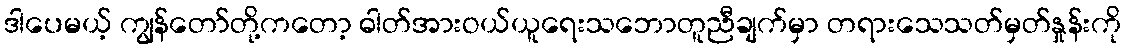
ဒါပေမယ့် ကျွန်တော်တို့ကတော့ ဓါတ်အားဝယ်ယူရေးသဘောတူညီချက်မှာ တရားသေသတ်မှတ်နှုန်းကို